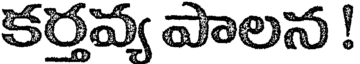
కర్తవ్య పాలన !